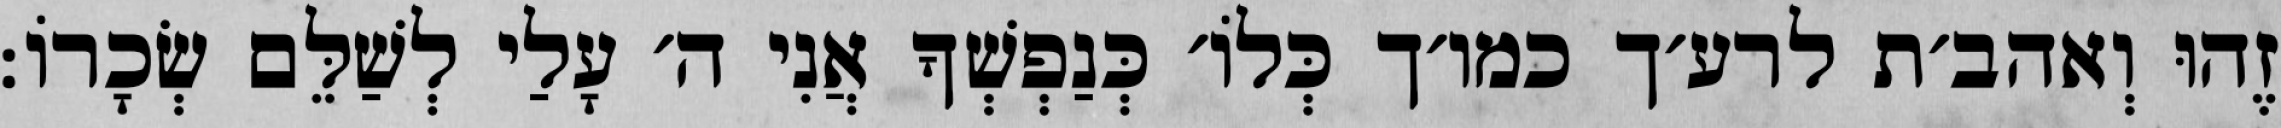
זֶהוּ וְאהב׳ת לרע׳ך כמו׳ך כְּלוֹ׳ כְּנַפְשְׁךָ אֲנִי ה׳ עָלַי לְשַׁלֵּם שְׂכָרוֹ: